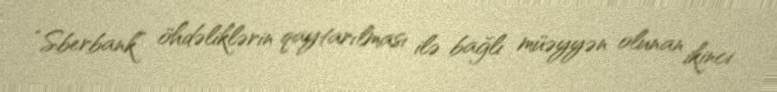
“Sberbank” öhdəliklərin qaytarılması ilə bağlı müəyyən olunan ikinci